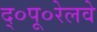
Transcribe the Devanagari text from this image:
द्०पू०रेलवे